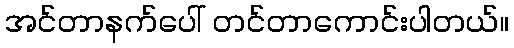
အင်တာနက်ပေါ် တင်တာကောင်းပါတယ်။